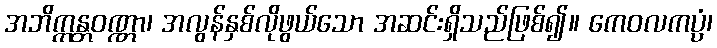
အဘိက္ကန္တဝဏ္ဏာ၊ အလွန်နှစ်လိုဖွယ်သော အဆင်းရှိသည်ဖြစ်၍။ ကေဝလကပ္ပံ၊